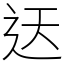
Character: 迗